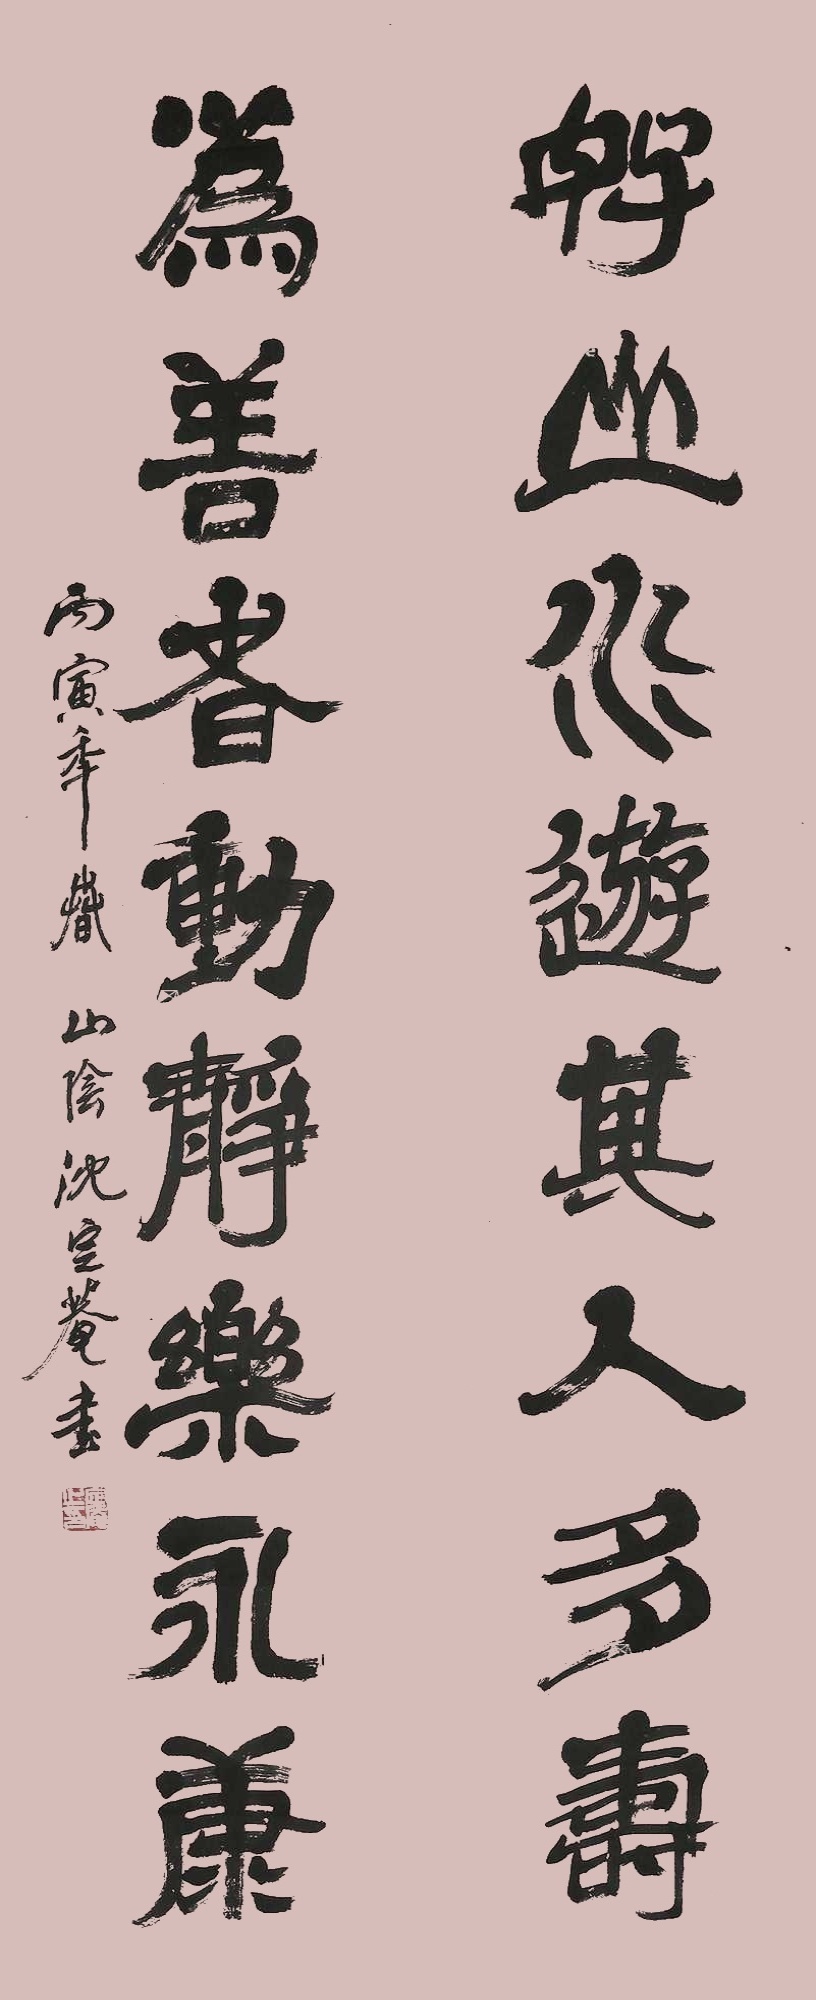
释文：好山水游其人多寿为善者动静乐永康。丙寅年岁山阳沈定庵书。